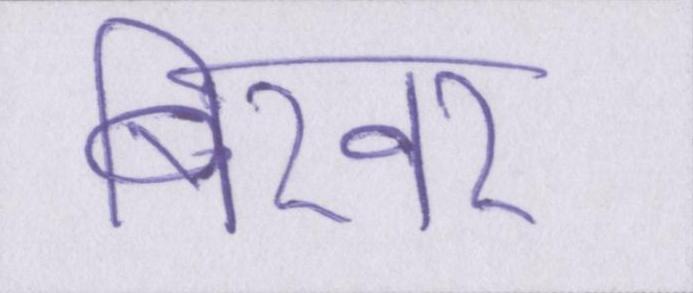
बिखर